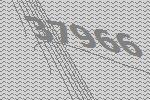
37966